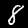
Label: 8